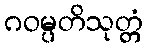
ဂဝမ္ပတိသုတ္တံ